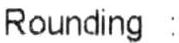
ROUNDING :